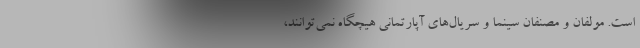
است. مولفان و مصنفان سینما و سریال‌های آپارتمانی هیچگاه نمی‌توانند،